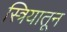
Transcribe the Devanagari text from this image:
स्त्रियातून